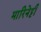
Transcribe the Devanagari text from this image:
मारिनेट्टी